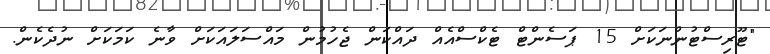
"ޓޫރިސްޓުންނަކަށް 15 ޕަސެންޓް ޓެކްސްއެއް ދައްކަން ޖެހުމުން މައްސަލައަކަށް ވާނެ ކަމަކަށް ނުދެކެން.